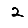
Digit: 2